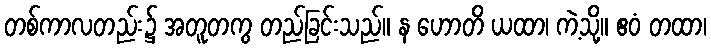
တစ်ကာလတည်း၌ အတူတကွ တည်ခြင်းသည်။ န ဟောတိ ယထာ၊ ကဲ့သို့။ ဧဝံ တထာ၊